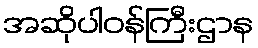
အဆိုပါဝန်ကြီးဌာန